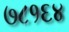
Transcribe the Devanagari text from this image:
७८१६४